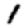
Digit: 1